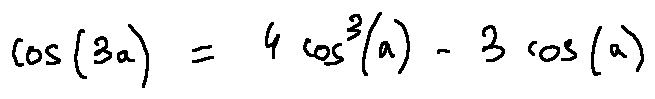
\cos ( 3 a ) = 4 \cos ^ { 3 } ( a ) - 3 \cos ( a )